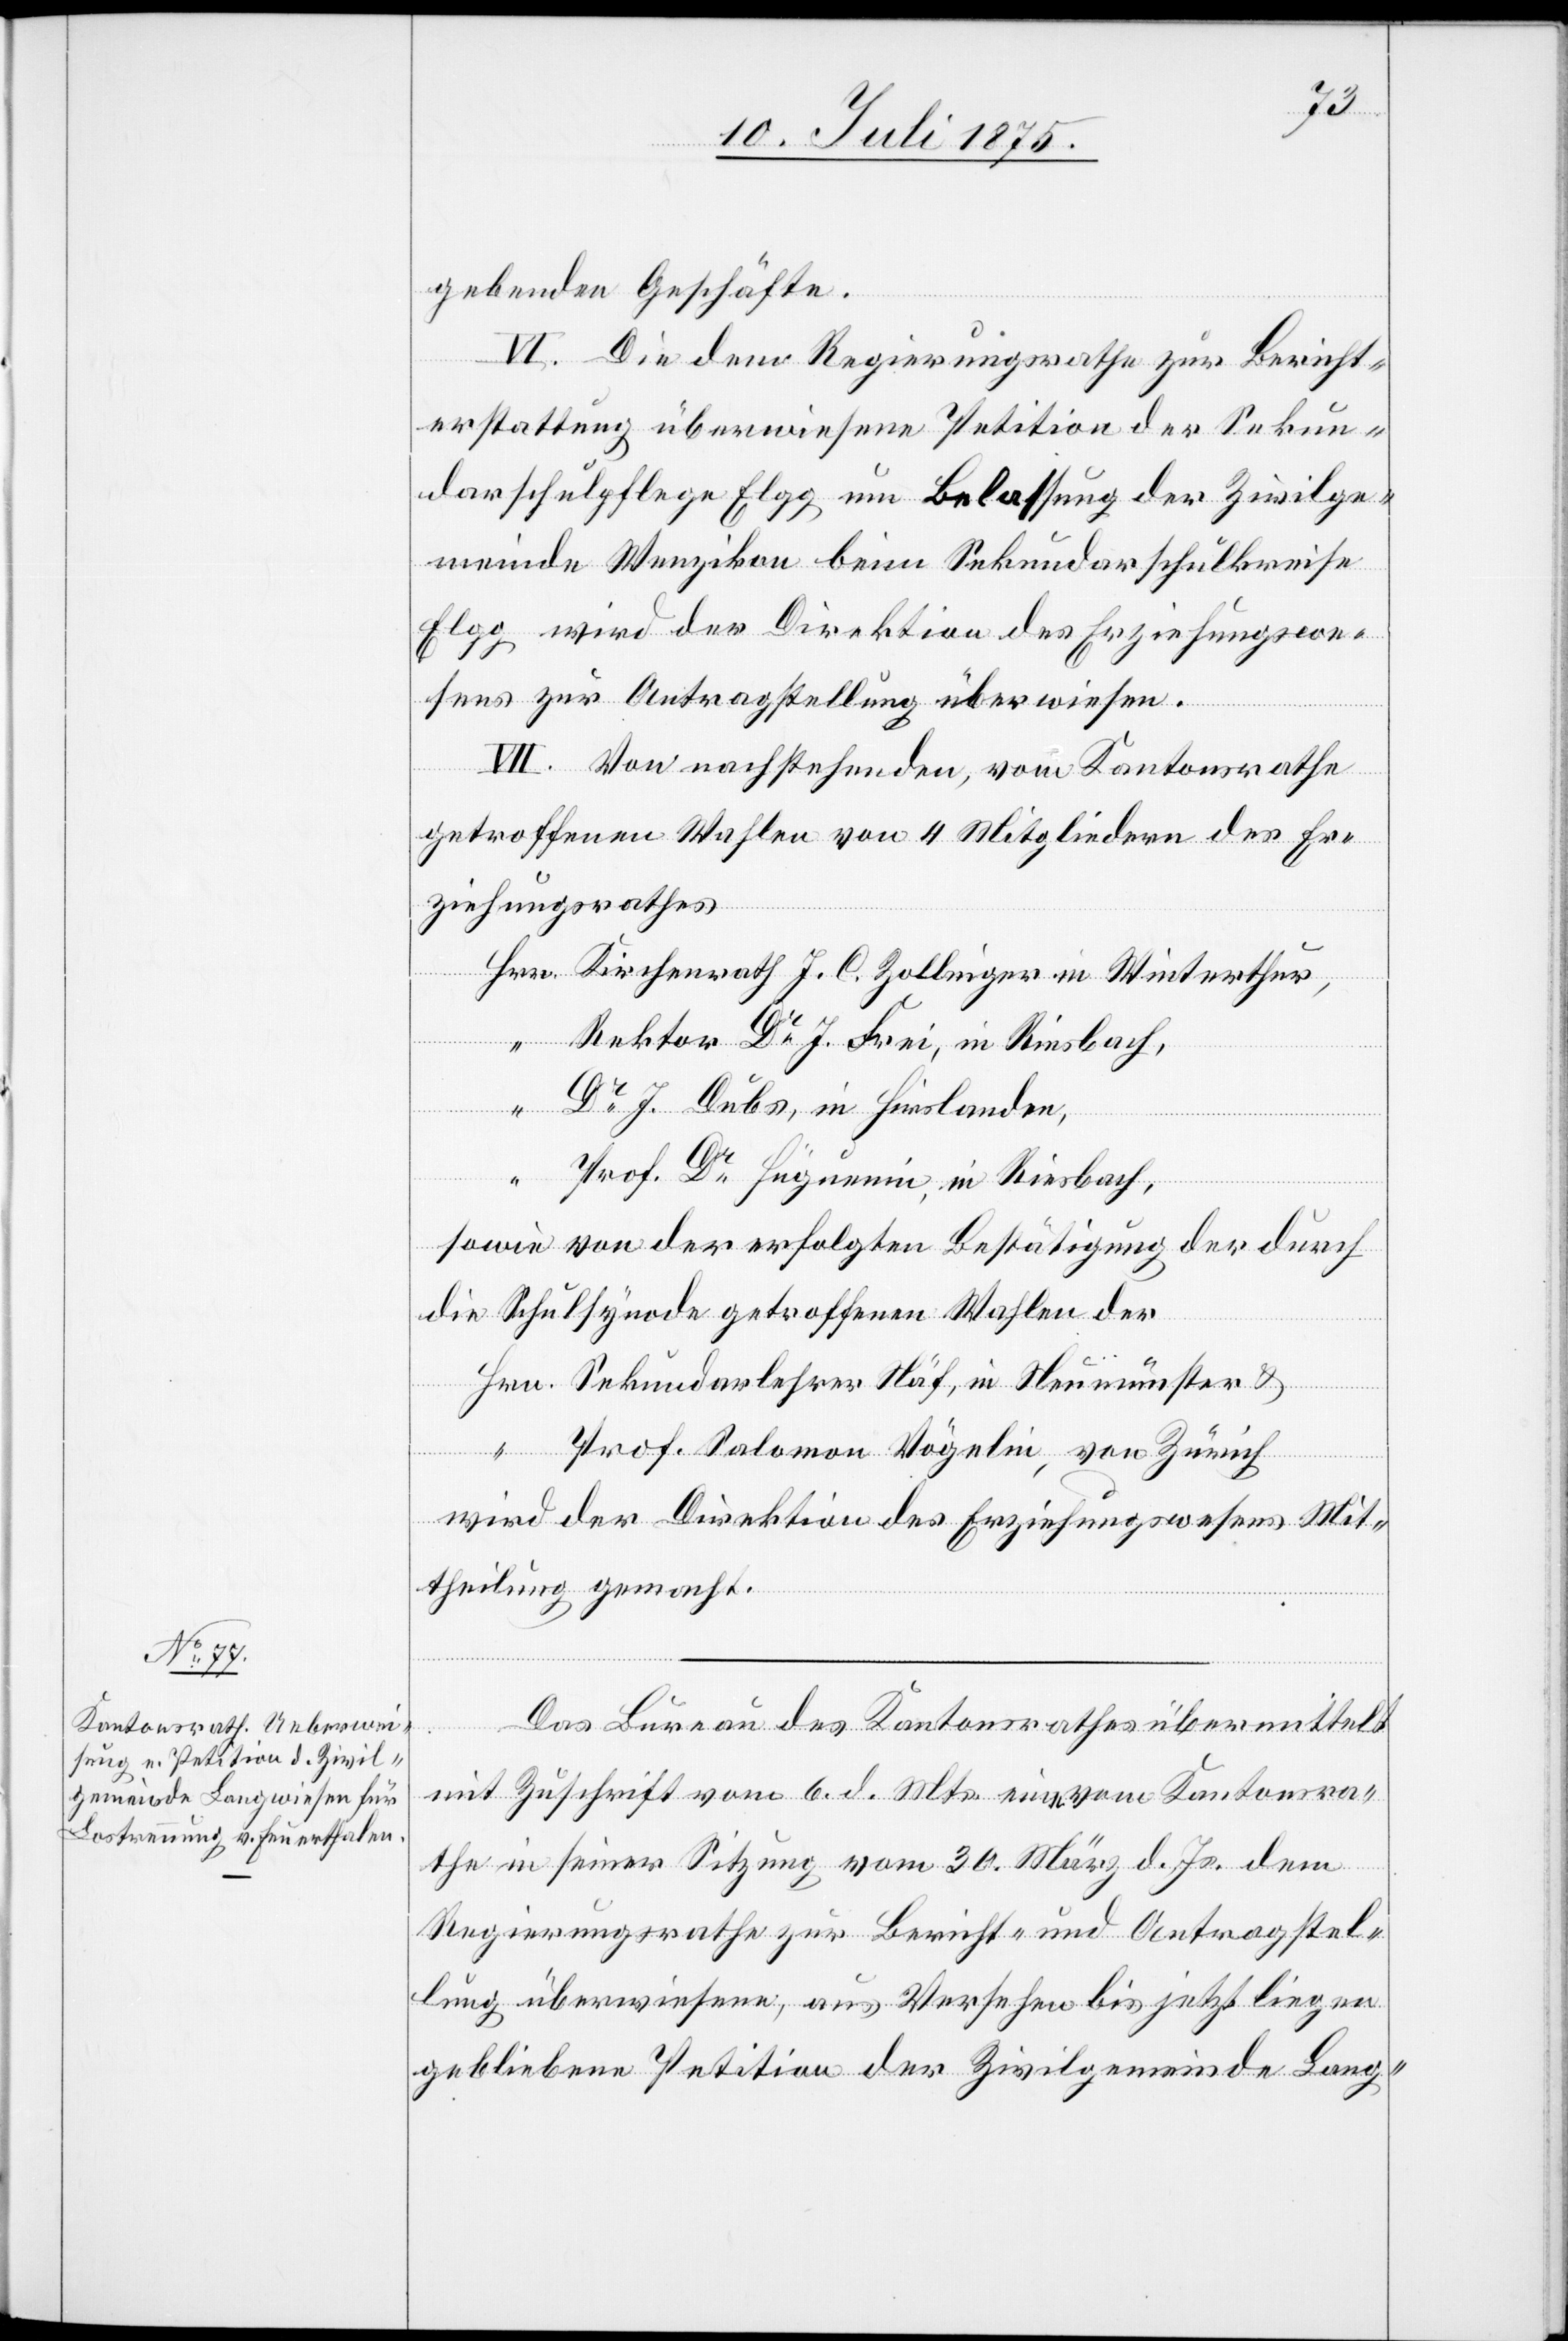
gebenden Geschäfte.
VI. Die dem Regierungsrathe zur Bericht¬
erstattung überwiesene Petition der Sekun¬
darschulpflege Elgg um Belassung der Zivilge¬
meinde Wenzikon beim Sekundarschulkreise
Elgg wird der Direktion des Erziehungswe¬
sens zur Antragstellung überwiesen.
VII. Von nachstehenden, vom Kantonsrathe
getroffenen Wahlen von 4 Mitgliedern des Er¬
ziehungsrathes
Kirchenrath J. C. Zollinger in Winterthur,
Rektor Dr J. Frei, in Riesbach,
Dr J. Dubs, in Hirslanden,
Prof. Dr Hüguenin, in Riesbach,
sowie von der erfolgten Bestätigung der durch
die Schulsynode getroffenen Wahlen der
Sekundarlehrer Näf, in Neumünster &
Prof. Salomon Vögelin, von Zürich
Wird der Direktion des Erziehungswesens Mit¬
theilung gemacht.
Hrn.
Das Bureau des Kantonsrathes übermittelt
mit Zuschrift vom 6. d. Mts. eine vom Kantonsra¬
the in seiner Sitzung vom 30. März d. Js. dem
Regierungsrathe zur Bericht- und Antragstel¬
lung überwiesenen, aus Versehen bis jetzt liegen
gebliebene Petition der Zivilgemeinde Lang-